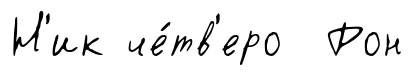
Н'ик че́тв'еро Рон